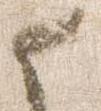
候